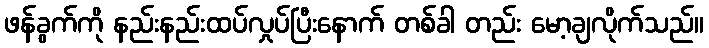
ဖန်ခွက်ကို နည်းနည်းထပ်လှုပ်ပြီးနောက် တစ်ခါ တည်း မော့ချလိုက်သည်။